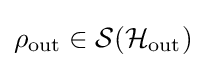
\rho _{\rm {out}}\in {\mathcal {S}}({\mathcal {H}}_{\rm {out}})